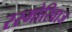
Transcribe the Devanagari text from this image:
रस्मोरिवाज